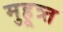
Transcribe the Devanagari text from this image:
मुहूत्र्त